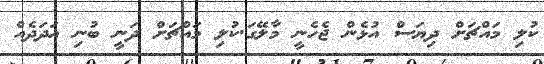
ކުލި މައްޗަށް ދިޔަސް އުޅެން ޖެހެނީ މާލޭގަ.ކުލި މައްޗަށް ދަނީ ބުނި އަދަދެއް